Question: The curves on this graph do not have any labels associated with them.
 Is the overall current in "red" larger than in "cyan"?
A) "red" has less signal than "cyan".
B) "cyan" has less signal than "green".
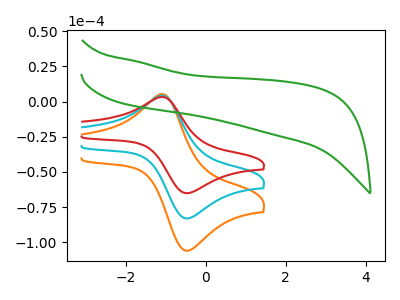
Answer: <think>The orange curve "orange" has an anodic peak at (-1.10V, 8.35uA) and a cathodic peak at (-0.55V, -165.75uA). The cyan curve "cyan" has an anodic peak at (-1.10V, 4.20uA) and a cathodic peak at (-0.55V, -82.90uA). The red curve "red" has an anodic peak at (-1.10V, 3.30uA) and a cathodic peak at (-0.55V, -64.95uA). The green curve "green" has no peaks.
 All the peaks in "red" have a peak in "cyan" at the same potential. Every peak in "red" is lower than every peak in "cyan".</think>
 <answer>A) "red" has less signal than "cyan".</answer>
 <eval>A</eval>